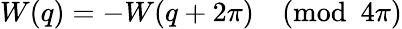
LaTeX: W(q)=-W(q+2\pi)\pmod{4\pi}